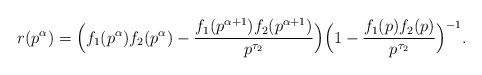
LaTeX: \begin{align*} r(p^{\alpha}) = \Big( f_1(p^{\alpha})f_2(p^{\alpha}) - \frac{f_1(p^{\alpha+1})f_2(p^{\alpha+1}) }{ p^{\tau_2}}\Big) \Big ( 1 - \frac{f_1(p) f_2(p)}{p^{\tau_2}} \Big )^{-1}.\end{align*}